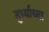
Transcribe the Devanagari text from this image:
तुर्भ्याच्या